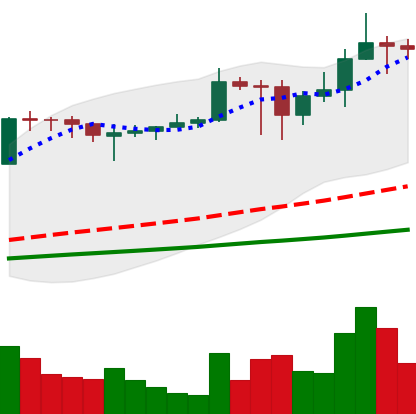
Ticker: ADA-USD
Chart end date: 2021-03-01
Forward return: -12.487%
Label: down_7plus